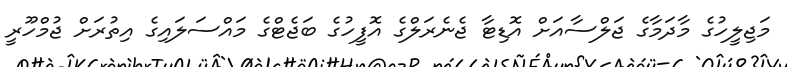
މަޖިލީހުގެ މާދަމާގެ ޖަލްސާއަށް އޮޑިޓާ ޖެނެރަލްގެ އޮފީހުގެ ބަޖެޓްގެ މައްސަލައިގެ އިތުރަށް ޖުމްހޫރީ